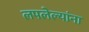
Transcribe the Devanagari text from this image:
लपलेल्‍यांना